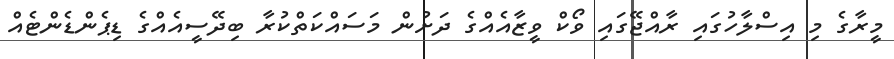
މީރާގެ މި އިސްލާހުގައި ރާއްޖޭގައި ވޯކް ވީޒާއެއްގެ ދަށުން މަސައްކަތްކުރާ ބިދޭސީއެއްގެ ޑިޕެންޑެންޓެއް